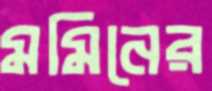
মমিনের